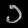
Digit: ၁